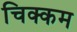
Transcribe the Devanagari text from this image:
चिक्कम